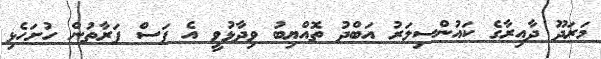
މަރަދޫ ދާއިރާގެ ކައުންސިލަރު އަބްދު ތޮއްޔިބު ވިދާޅުވީ އެ ފަސް ފަރާތުން ހުށަހެޅި